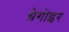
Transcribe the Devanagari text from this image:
ग्रेगोइर